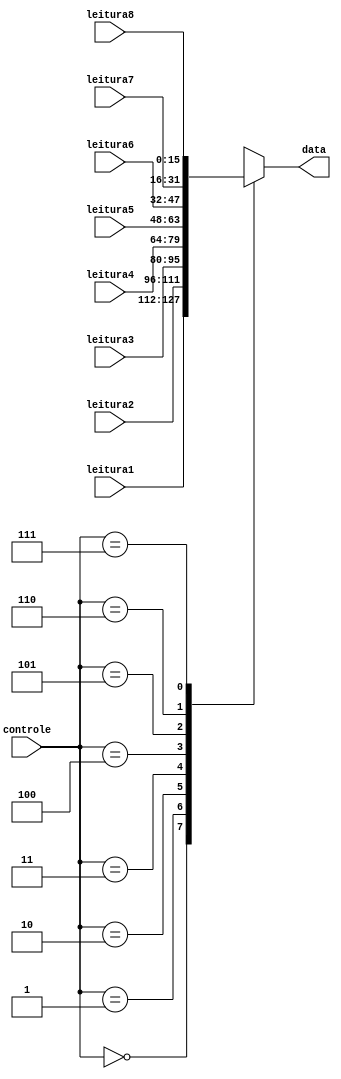
// Mux 8 para 1
module multiplexador (leitura1, leitura2, leitura3, leitura4, leitura5, leitura6, leitura7, leitura8, controle, data);

	input [15:0] leitura1, leitura2, leitura3, leitura4, leitura5, leitura6, leitura7, leitura8;
	input [2:0] controle;
	output reg [15:0] data;

	always @(controle, leitura1, leitura2, leitura3, leitura4, leitura5, leitura6, leitura7, leitura8)
	begin
		case (controle)
		3'd0: data <= leitura1;
		3'd1: data <= leitura2;
		3'd2: data <= leitura3;
		3'd3: data <= leitura4;
		3'd4: data <= leitura5;
		3'd5: data <= leitura6;
		3'd6: data <= leitura7;
		3'd7: data <= leitura8;
		endcase
	end
endmodule


// Registrador (Flip-Flop D)
module registrador(dado, clock, habilita, saida);

input [15:0] dado;
input clock, habilita;
output reg [15:0] saida;
  
always @( posedge clock)  
  if (habilita)
    saida <= dado;
endmodule


// Demux 3 para 8
module decodificador(entrada, saida);
	input [2:0] entrada;
	output reg [7:0] saida;
  
	always @(entrada)
	begin
		case (entrada)
		3'd0: saida <= 8'd1;
		3'd1: saida <= 8'd2;
		3'd2: saida <= 8'd4;
		3'd3: saida <= 8'd8;
		3'd4: saida <= 8'd16;
		3'd5: saida <= 8'd32;
		3'd6: saida <= 8'd64;
		3'd7: saida <= 8'd128;
		endcase
	end
endmodule


// Banco de registradores (Mdulo principal)
module banco (input [2:0] Read1Add, Read2Add, WriteAdd,  
	input [15:0] entrada, input RW, clock, output [15:0] dado1, dado2);
	wire [7:0] saida_dec;
	wire [15:0] saida_reg0, saida_reg1, saida_reg2, saida_reg3, saida_reg4, saida_reg5, saida_reg6, saida_reg7;

	// registrador(input [15:0] dado, input clock, en, output reg [15:0] saida);
	registrador reg0(  entrada  , clock, saida_dec[0] & RW , saida_reg0);
	registrador reg1(  entrada  , clock, saida_dec[1] & RW , saida_reg1);
	registrador reg2(  entrada  , clock, saida_dec[2] & RW , saida_reg2);
	registrador reg3(  entrada  , clock, saida_dec[3] & RW , saida_reg3);
	registrador reg4(  entrada  , clock, saida_dec[4] & RW , saida_reg4);
	registrador reg5(  entrada  , clock, saida_dec[5] & RW , saida_reg5);
	registrador reg6(  entrada  , clock, saida_dec[6] & RW , saida_reg6);
	registrador reg7(  entrada  , clock, saida_dec[7] & RW , saida_reg7);

	// decodificador(input [2:0] entrada, output reg [7:0] saida);
	decodificador dec1( WriteAdd, saida_dec);

	//multiplexador (input [15:0] entrada1, entrada2, entrada3, entrada4, 
	//entrada5, entrada6, entrada7, entrada8, input [2:0] controle, output reg [15:0] data);
	multiplexador mux1(saida_reg0, saida_reg1, saida_reg2, saida_reg3, saida_reg4, saida_reg5, saida_reg6, saida_reg7, Read1Add, dado1);
	multiplexador mux2(saida_reg0, saida_reg1, saida_reg2, saida_reg3, saida_reg4, saida_reg5, saida_reg6, saida_reg7, Read2Add, dado2);
endmodule